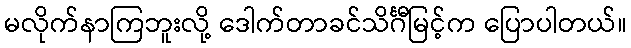
မလိုက်နာကြဘူးလို့ ဒေါက်တာခင်သိင်္ဂီမြင့်က ပြောပါတယ်။